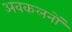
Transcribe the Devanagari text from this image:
अवकलनों